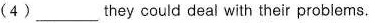
(4) ___ they could deal with their problems.